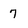
Character: 7